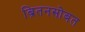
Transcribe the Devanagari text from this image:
ब्रितनसोबत